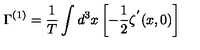
\Gamma ^ { ( 1 ) } = { \frac { 1 } { T } } \int d ^ { 3 } x \left[ - { \frac { 1 } { 2 } } \zeta ^ { ^ { \prime } } ( x , 0 ) \right]